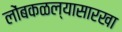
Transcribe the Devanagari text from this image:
लोंबकळल्यासारखा